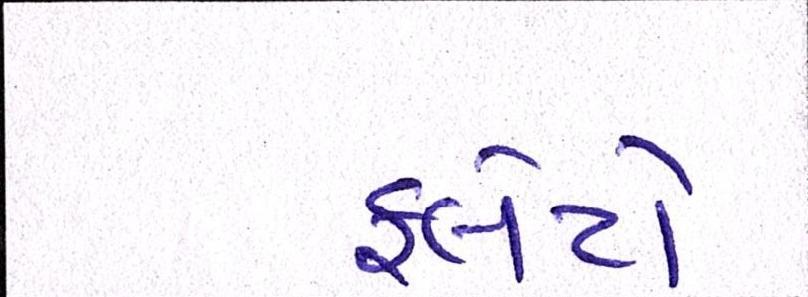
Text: ફ્લેટો